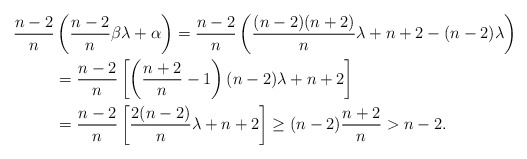
\begin{align*} \frac{n-2}{n}&\left(\frac{n-2}{n}\beta\lambda+\alpha\right) =\frac{n-2}{n}\left(\frac{(n-2)(n+2)}{n}\lambda +n+2-(n-2)\lambda\right)\\ &=\frac{n-2}{n}\left[ \left(\frac{n+2}{n}-1\right)(n-2)\lambda+n+2\right]\\ &=\frac{n-2}{n}\left[\frac{2(n-2)}{n}\lambda+n+2\right]\geq(n-2)\frac{n+2}{n}>n-2. \end{align*}